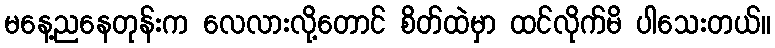
မနေ့ညနေတုန်းက လေလားလို့တောင် စိတ်ထဲမှာ ထင်လိုက်မိ ပါသေးတယ်။